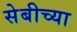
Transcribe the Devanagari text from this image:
सेबीच्या